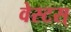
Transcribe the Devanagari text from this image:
वेस्टस्‌